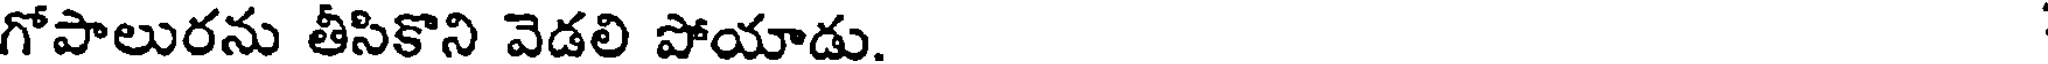
గోపాలురను తీసికొని వెడలి పోయాడు.